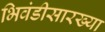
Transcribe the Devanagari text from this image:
भिवंडीसारख्या